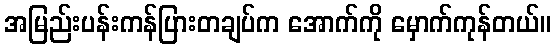
အမြည်းပန်းကန်ပြားတချပ်က အောက်ကို မှောက်ကုန်တယ်။